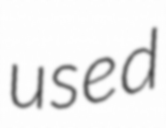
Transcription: used